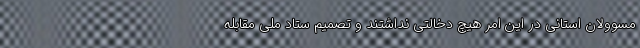
مسوولان استانی در این امر هیچ دخالتی نداشتند و تصمیم ستاد ملی مقابله